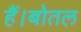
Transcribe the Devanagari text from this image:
हैं।बोतल